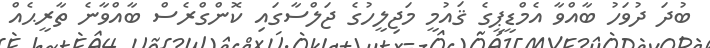
ބުދަ ދުވަހު ބާއްވާ އެމްޑީޕީގެ ޤައުމީ މަޖިލީހުގެ ޖަލްސާގައި ކޮންގްރެސް ބާއްވާނެ ތާރީޙެއް